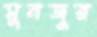
মুনজুর